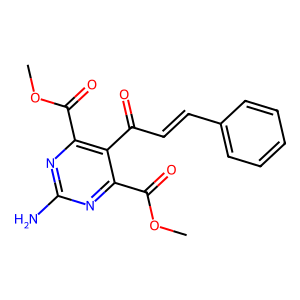
SMILES: COC(=O)c1nc(N)nc(C(=O)OC)c1C(=O)C=Cc1ccccc1
Inhibits HIV replication: No